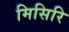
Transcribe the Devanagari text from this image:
मिसिरि